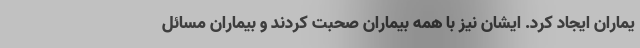
یماران ایجاد کرد. ایشان نیز با همه بیماران صحبت کردند و بیماران مسائل